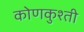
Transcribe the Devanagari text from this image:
कोणकुश्ती